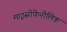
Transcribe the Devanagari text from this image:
माइसोफेनोलिक